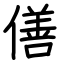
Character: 僐